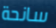
سانحة